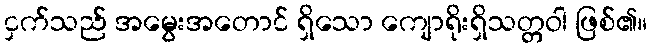
ငှက်သည် အမွေးအတောင် ရှိသော ကျောရိုးရှိသတ္တဝါ ဖြစ်၏။